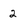
Character: 2